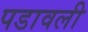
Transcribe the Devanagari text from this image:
पडावली